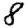
Digit: 8